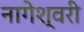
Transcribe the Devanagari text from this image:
नागेश्वरी